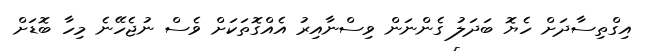
އިގްތިސާދަށް ހެޔޮ ބަދަލު ގެންނަން ވިސްނާއިރު އެއްގޮތަކަށް ވެސް ނުޖެހޭނެ މިހާ ބޮޑަށް